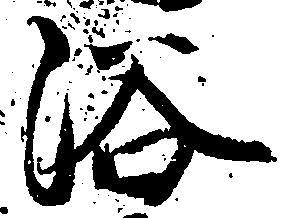
浴